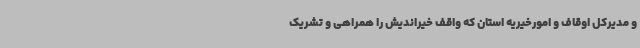
و مدیرکل اوقاف و امورخیریه استان که واقف خیراندیش را همراهی و تشریک